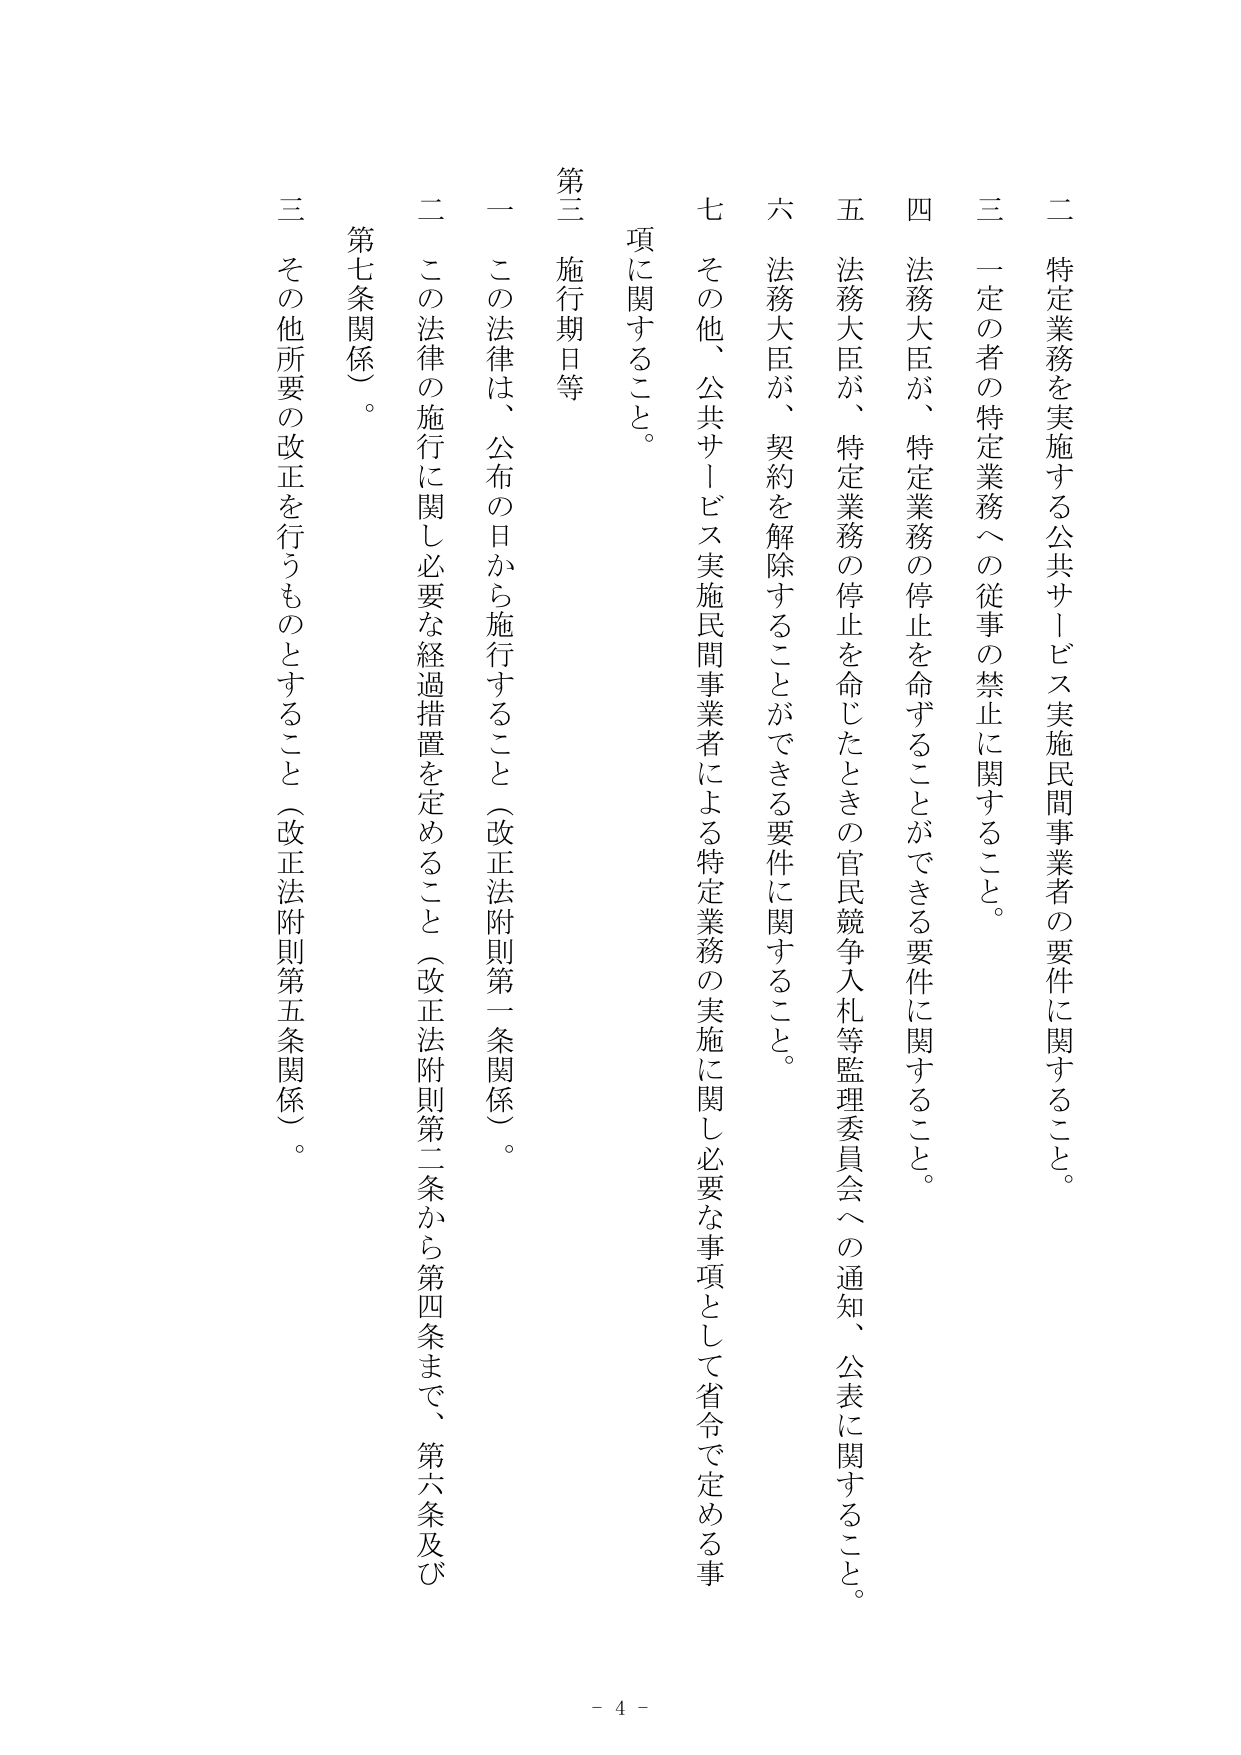
二 特定業務を実施する公共サービス実施民間事業者の要件に関すること。

三 一定の者の特定業務への従事の禁止に関すること。

四 法務大臣が、特定業務の停止を命ずることができる要件に関すること。

五 法務大臣が、特定業務の停止を命じたときの官民競争入札等監理委員会への通知、公表に関すること。

六 法務大臣が、契約を解除することができる要件に関すること。

七 その他、公共サービス実施民間事業者による特定業務の実施に関し必要な事項として省令で定める事項に関すること。

第三 施行期日等

一 この法律は、公布の日から施行すること（改正法附則第一条関係）。

二 この法律の施行に関し必要な経過措置を定めること（改正法附則第二条から第四条まで、第六条及び第七条関係）。

三 その他所要の改正を行うものとすること（改正法附則第五条関係）。

- 4 -